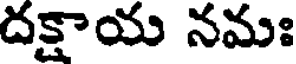
దక్షాయ నమః